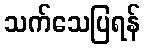
သက်သေပြရန်